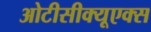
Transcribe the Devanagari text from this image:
ओटीसीक्यूएक्स